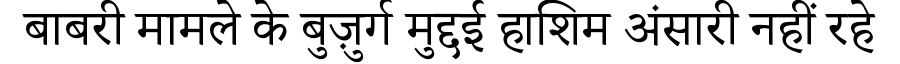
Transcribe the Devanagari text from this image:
बाबरी मामले के बुज़ुर्ग मुद्दई हाशिम अंसारी नहीं रहे